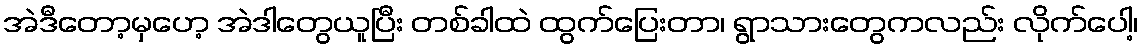
အဲဒီတော့မှဟေ့ အဲဒါတွေယူပြီး တစ်ခါထဲ ထွက်ပြေးတာ၊ ရွာသားတွေကလည်း လိုက်ပေါ့၊